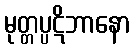
မုတ္တပ္ပဋိဘာနော